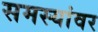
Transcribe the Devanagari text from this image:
समस्‍यांवर